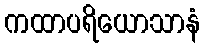
ကထာပရိယောသာနံ